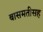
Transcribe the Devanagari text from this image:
बासमतीसह